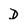
Character: D